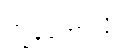
ကျွန်တော့်လို